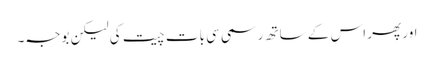
اور پھر اس کے ساتھ رسمی سی بات چیت کی لیکن بوجہ۔